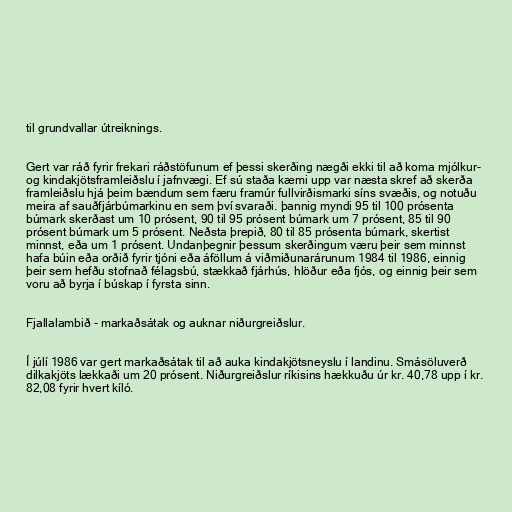
til grundvallar útreiknings.

Gert var ráð fyrir frekari ráðstöfunum ef þessi skerðing nægði ekki til að koma mjólkur-
og kindakjötsframleiðslu í jafnvægi. Ef sú staða kæmi upp var næsta skref að skerða
framleiðslu hjá þeim bændum sem færu framúr fullvirðismarki síns svæðis, og notuðu
meira af sauðfjárbúmarkinu en sem því svaraði. þannig myndi 95 til 100 prósenta
búmark skerðast um 10 prósent, 90 til 95 prósent búmark um 7 prósent, 85 til 90
prósent búmark um 5 prósent. Neðsta þrepið, 80 til 85 prósenta búmark, skertist
minnst, eða um 1 prósent. Undanþegnir þessum skerðingum væru þeir sem minnst
hafa búin eða orðið fyrir tjóni eða áföllum á viðmiðunarárunum 1984 til 1986, einnig
þeir sem hefðu stofnað félagsbú, stækkað fjárhús, hlöður eða fjós, og einnig þeir sem
voru að byrja í búskap í fyrsta sinn.

Fjallalambið - markaðsátak og auknar niðurgreiðslur.

Í júlí 1986 var gert markaðsátak til að auka kindakjötsneyslu í landinu. Smásöluverð
dilkakjöts lækkaði um 20 prósent. Niðurgreiðslur ríkisins hækkuðu úr kr. 40,78 upp í kr.
82,08 fyrir hvert kíló.